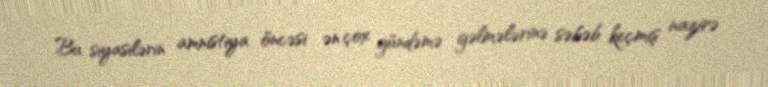
Bu siyasilərin amnistiya öncəsi ən çox gündəmə gəlmələrinə səbəb keçmiş nazirə